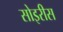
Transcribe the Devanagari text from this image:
सोइरीस